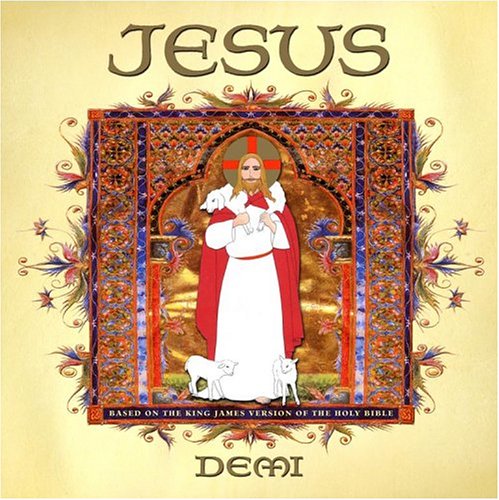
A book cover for Jesus; Demi; Teen & Young Adult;